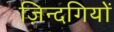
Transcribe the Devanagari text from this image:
ज़िन्दगियों